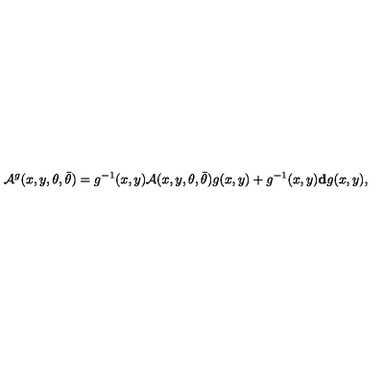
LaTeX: { \cal A } ^ { g } ( x , y , \theta , \bar { \theta } ) = g ^ { - 1 } ( x , y ) { \cal A } ( x , y , \theta , \bar { \theta } ) g ( x , y ) + g ^ { - 1 } ( x , y ) { \bf d } g ( x , y ) ,